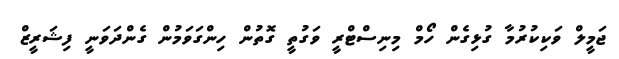
ޖަމީލް ވަކިކުރުމާ ގުޅިގެން ހޯމް މިނިސްޓްރީ ވަގުތީ ގޮތުން ހިންގަވަމުން ގެންދަވަނީ ފިޝަރީޒް